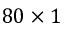
8 0 \times 1